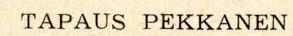
TAPAUS PEKKANEN